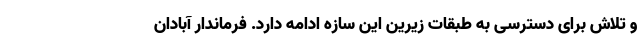
و تلاش برای دسترسی به طبقات زیرین این سازه ادامه دارد. فرماندار آبادان